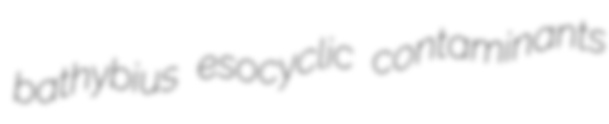
bathybius esocyclic contaminants